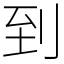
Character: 到